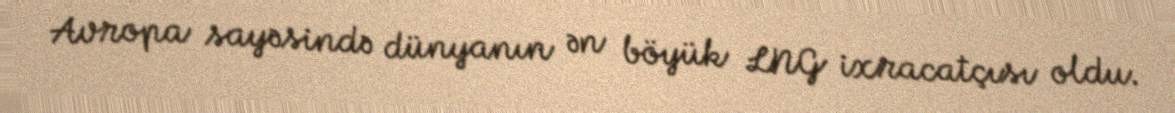
Avropa sayəsində dünyanın ən böyük LNG ixracatçısı oldu.